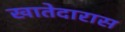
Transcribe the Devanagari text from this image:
खातेदारास